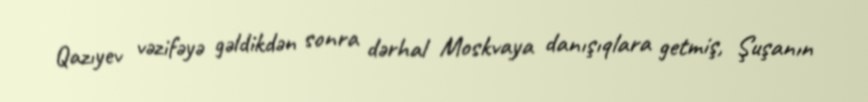
Qazıyev vəzifəyə gəldikdən sonra dərhal Moskvaya danışıqlara getmiş, Şuşanın